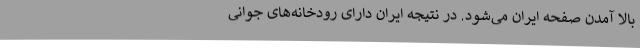
بالا آمدن صفحه ایران می‌شود. در نتیجه ایران دارای رودخانه‌های جوانی